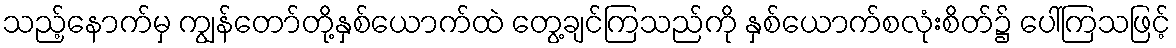
သည့်နောက်မှ ကျွန်တော်တို့နှစ်ယောက်ထဲ တွေ့ချင်ကြသည်ကို နှစ်ယောက်စလုံးစိတ်၌ ပေါ်ကြသဖြင့်